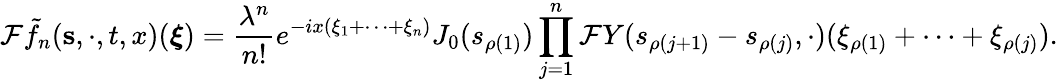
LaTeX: \mathcal{F}\tilde{f}_{n}(\mathbf{s},\cdot,t,x)(\boldsymbol\xi)=\frac{\lambda^{n}}{n!}e^{-ix(\xi_{1}+\dots+\xi_{n})}J_{0}(s_{\rho(1)})\prod_{j=1}^{n}\mathcal{F}Y(s_{\rho(j+1)}-s_{\rho(j)},\cdot)(\xi_{\rho(1)}+\dots+\xi_{\rho(j)}).